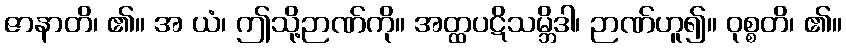
ဇာနာတိ၊ ၏။ အ ယံ၊ ဤသို့ဉာဏ်ကို။ အတ္ထပဋိသမ္ဘိဒါ၊ ဉာဏ်ဟူ၍။ ဝုစ္စတိ၊ ၏။